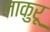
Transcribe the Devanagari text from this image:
नाकुरू